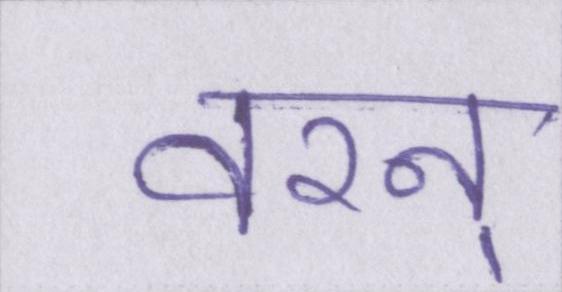
वरन्